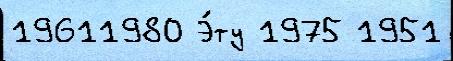
19611980 Э́ту 1975 1951